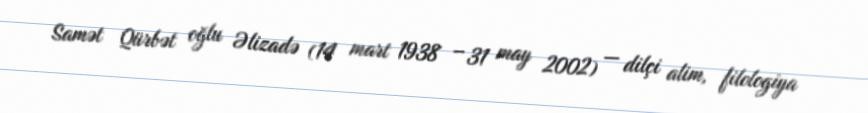
Samət Qürbət oğlu Əlizadə (14 mart 1938 – 31 may 2002) — dilçi alim, filologiya